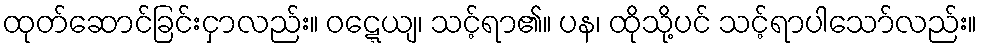
ထုတ်ဆောင်ခြင်းငှာလည်း။ ဝဋ္ဋေယျ၊ သင့်ရာ၏။ ပန၊ ထိုသို့ပင် သင့်ရာပါသော်လည်း။